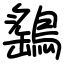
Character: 鷂